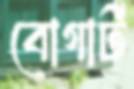
বোগার্ট